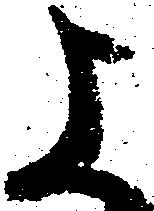
よ